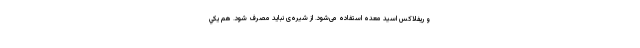
و ریفلاکس اسید معده استفاده می‌شود. از شیره‌ی نباید مصرف شود. هم يکي